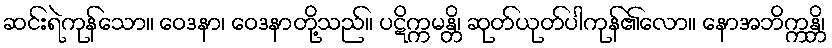
ဆင်းရဲကုန်သော။ ဝေဒနာ၊ ဝေဒနာတို့သည်။ ပဋိက္ကမန္တိ၊ ဆုတ်ယုတ်ပါကုန်၏လော။ နောအဘိက္ကန္တိ၊